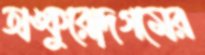
অঙ্কুরোদগমের